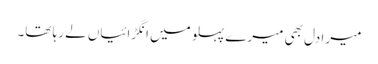
میرا دل بھی میرے پہلو میں انگڑائیاں لے رہا تھا۔